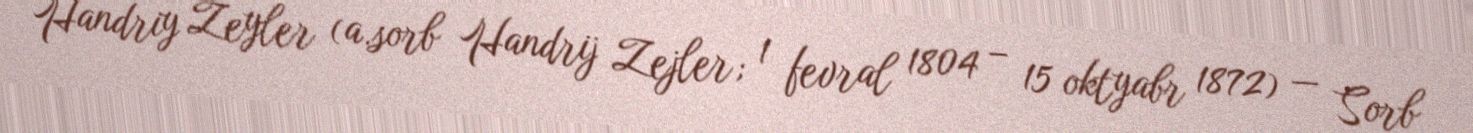
Handriy Zeyler (a.sorb Handrij Zejler; 1 fevral 1804 – 15 oktyabr 1872) — Sorb